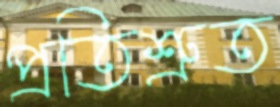
প্রতিশ্রুত